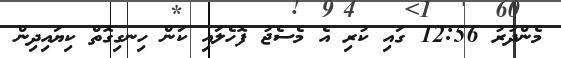
މެންދުރު 12:56 ގައި ކުރި އެ މެސެޖު ފޮހެލައި ކަން ހިނގިގޮތް ކިޔައިދިން